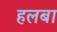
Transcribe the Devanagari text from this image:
हलबा